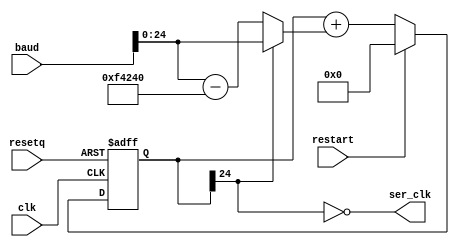
module baudgen_4(
  input wire clk,
  input wire resetq,
  input wire [31:0] baud,
  input wire restart,
  output wire ser_clk);
  parameter CLKFREQ = 1000000;
  parameter RWIDTH = 25;
  wire [RWIDTH-1:0] aclkfreq = CLKFREQ;
  reg [RWIDTH-1:0] d;
  wire [RWIDTH-1:0] dInc = d[RWIDTH-1] ? ({4'd0, baud}) : (({4'd0, baud}) - aclkfreq);
  wire [RWIDTH-1:0] dN = restart ? 0 : (d + dInc);
  wire fastclk = ~d[RWIDTH-1];
  assign ser_clk = fastclk;
  always @(negedge resetq or posedge clk)
  begin
    if (!resetq) begin
      d <= 0;
    end else begin
      d <= dN;
    end
  end
endmodule